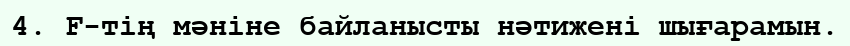
4. F-тің мәніне байланысты нәтижені шығарамын.